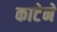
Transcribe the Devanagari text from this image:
काटेने